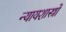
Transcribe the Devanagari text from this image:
न्यायशास्त्रों